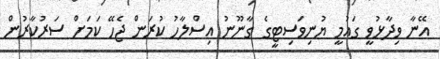
އޭނާ ވިދާޅުވީ ގައުމީ ޔުނިވަސިޓީގެ ގާނޫނު އިސްލާހު ކުރަން ޖެހޭ ކަމަށް ސަރުކާރުން